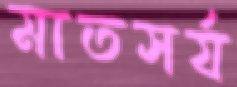
মাতসর্য